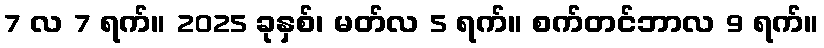
7 လ 7 ရက်။ 2025 ခုနှစ်၊ မတ်လ 5 ရက်။ စက်တင်ဘာလ 9 ရက်။